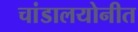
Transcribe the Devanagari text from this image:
चांडालयोनीत